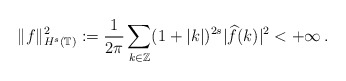
\begin{align*}\Vert f\Vert_{H^s(\mathbb T)}^2:=\frac1{2\pi}\sum\limits_{k\in\mathbb Z}(1+|k|)^{2s}\vert\widehat{f}(k)\vert^2<+\infty\,.\end{align*}